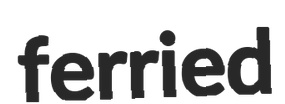
ferried